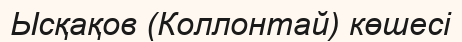
Ысқақов (Коллонтай) көшесі